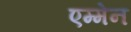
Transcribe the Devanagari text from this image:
एम्मेन